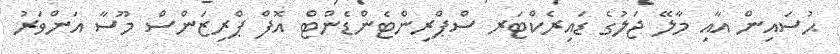
ޙުސައިން އާއި މާލޭ ޖަލުގެ ޑައިރެކްޓަރ ސްޕްރިންޓެންޑެންޓް އޮފް ޕްރިޒަންސް މޫސާ އަންވަރު